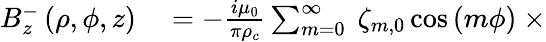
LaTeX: \begin{array}{rl}{B_{z}^{-}\left(\rho,\phi,z\right)}&{{}=-\frac{i\mu_{0}}{\pi\rho_{c}}\sum_{m=0}^{\infty}\ \zeta_{m,0}\cos\left(m\phi\right)\ \times}\end{array}